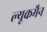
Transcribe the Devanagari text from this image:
ल्यूकमैन